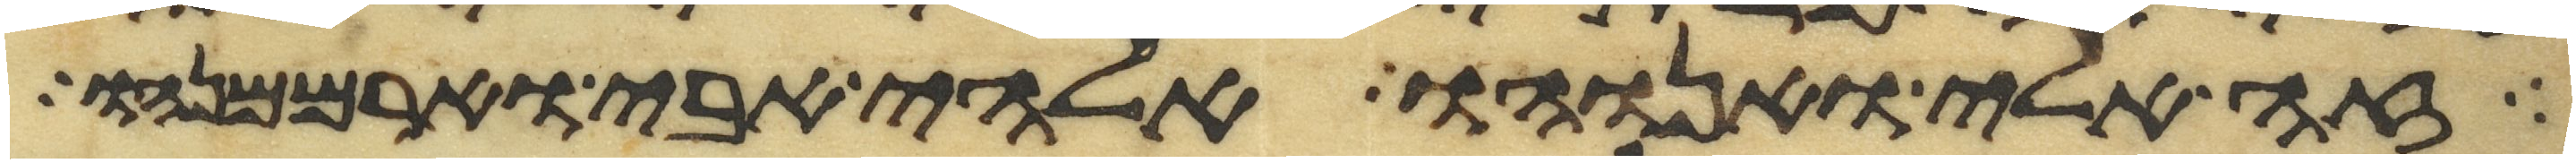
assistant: זה אלי ואנוהו אלהי אבי וארממנהו